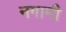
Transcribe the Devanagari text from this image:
नगामी